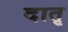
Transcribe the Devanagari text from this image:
दातृ